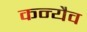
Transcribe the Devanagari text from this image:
कन्यैव